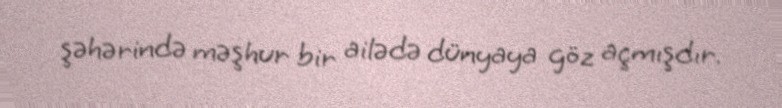
şəhərində məşhur bir ailədə dünyaya göz açmışdır.